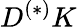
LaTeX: D^{(*)}K